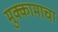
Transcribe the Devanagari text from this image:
मुक्कामाचा